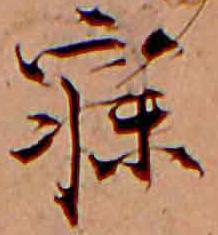
寝